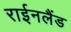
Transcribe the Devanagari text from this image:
राईनलैंड